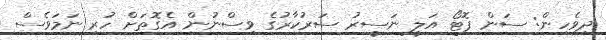
ދިވެހިން: ސަން ފޮޓޯ އަލީ ނަސީރު ސަރުކާރުގެ ވިސްނުން އެގޮތަށް ހުރި ނަމަވެސް